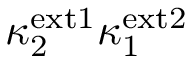
\kappa _ { 2 } ^ { \mathrm { e x t 1 } } \kappa _ { 1 } ^ { \mathrm { e x t 2 } }